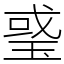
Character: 𤦂